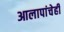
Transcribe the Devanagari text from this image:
आलापांचेही